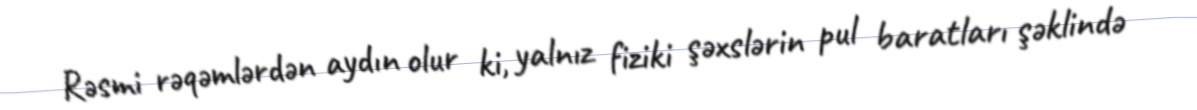
Rəsmi rəqəmlərdən aydın olur ki, yalnız fiziki şəxslərin pul baratları şəklində